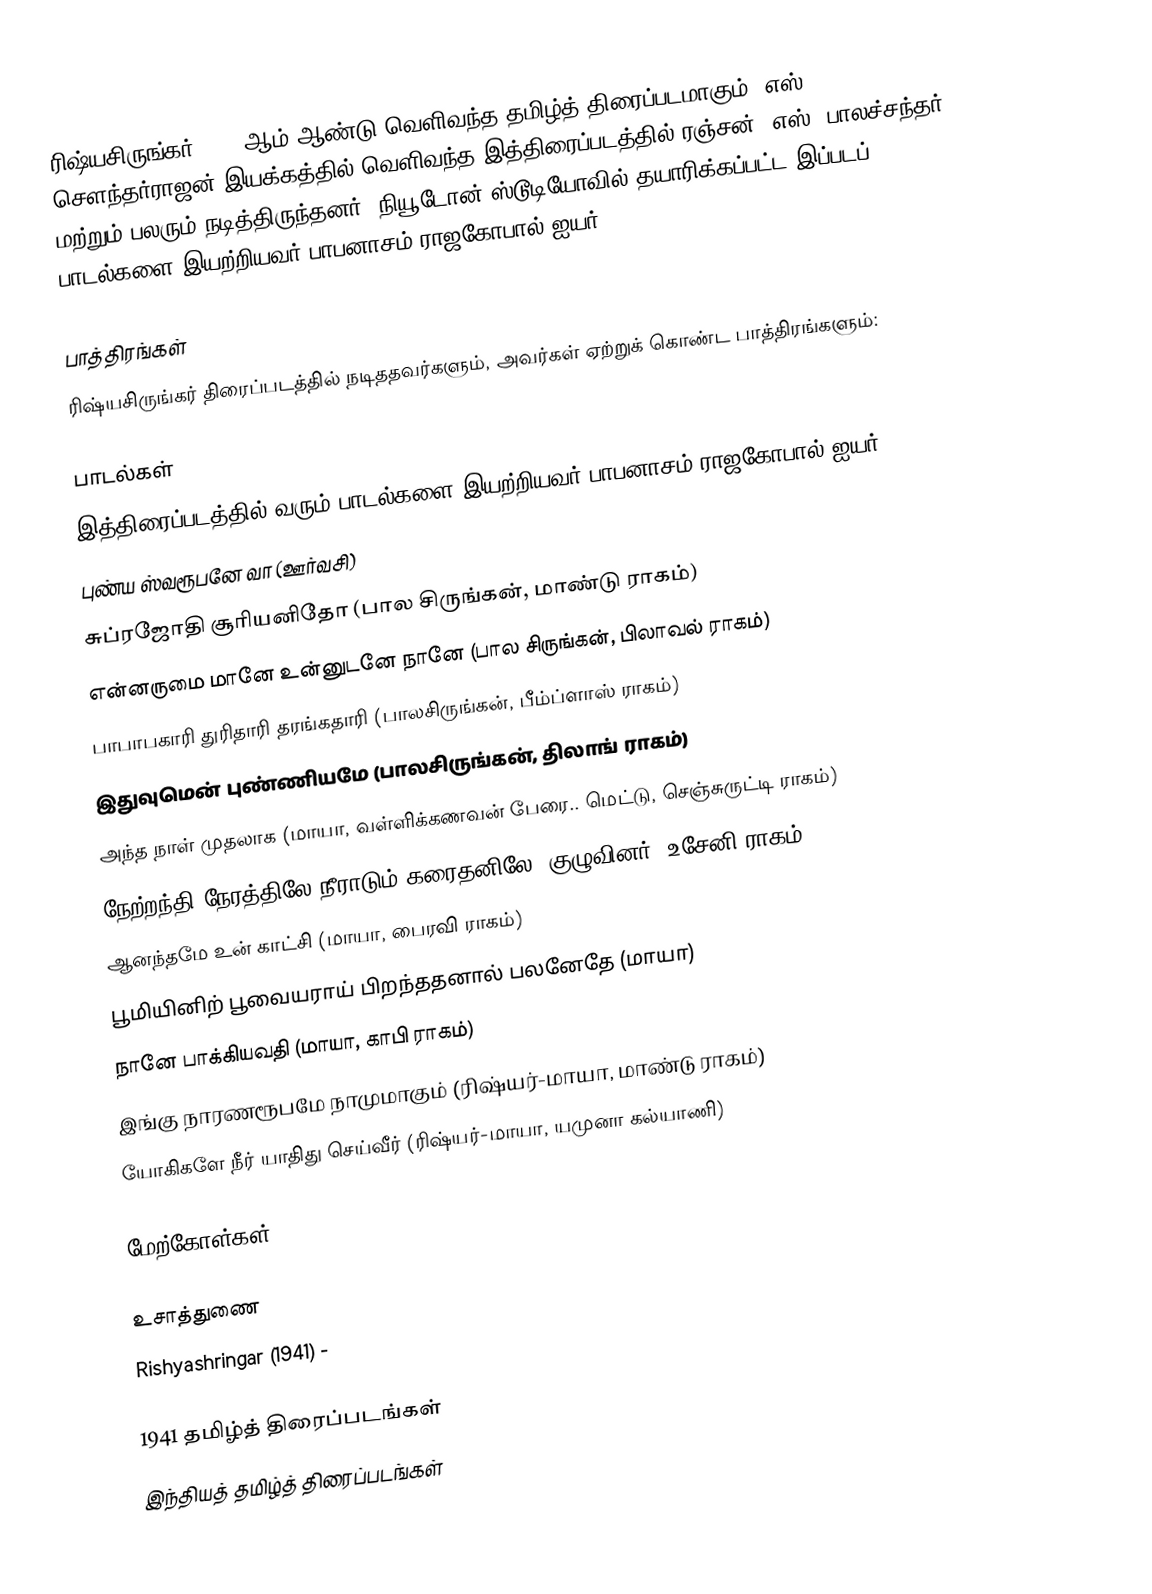
ரிஷ்யசிருங்கர் 1941 ஆம் ஆண்டு வெளிவந்த தமிழ்த் திரைப்படமாகும். எஸ். சௌந்தர்ராஜன் இயக்கத்தில் வெளிவந்த இத்திரைப்படத்தில் ரஞ்சன், எஸ். பாலச்சந்தர் மற்றும் பலரும் நடித்திருந்தனர். நியூடோன் ஸ்டூடியோவில் தயாரிக்கப்பட்ட இப்படப் பாடல்களை இயற்றியவர் பாபனாசம் ராஜகோபால் ஐயர்.

பாத்திரங்கள்
ரிஷ்யசிருங்கர் திரைப்படத்தில் நடிததவர்களும், அவர்கள் ஏற்றுக் கொண்ட பாத்திரங்களும்:

பாடல்கள்
இத்திரைப்படத்தில் வரும் பாடல்களை இயற்றியவர் பாபனாசம் ராஜகோபால் ஐயர்.
 புண்ய ஸ்வரூபனே வா (ஊர்வசி)
 சுப்ரஜோதி சூரியனிதோ (பால சிருங்கன், மாண்டு ராகம்)
 என்னருமை மானே உன்னுடனே நானே (பால சிருங்கன், பிலாவல் ராகம்)
 பாபாபகாரி துரிதாரி தரங்கதாரி (பாலசிருங்கன், பீம்ப்ளாஸ் ராகம்)
 இதுவுமென் புண்ணியமே (பாலசிருங்கன், திலாங் ராகம்)
 அந்த நாள் முதலாக (மாயா, வள்ளிக்கணவன் பேரை.. மெட்டு, செஞ்சுருட்டி ராகம்)
 நேற்றந்தி நேரத்திலே நீராடும் கரைதனிலே (குழுவினர், உசேனி ராகம்)
 ஆனந்தமே உன் காட்சி (மாயா, பைரவி ராகம்)
 பூமியினிற் பூவையராய் பிறந்ததனால் பலனேதே (மாயா)
 நானே பாக்கியவதி (மாயா, காபி ராகம்)
 இங்கு நாரணரூபமே நாமுமாகும் (ரிஷ்யர்-மாயா, மாண்டு ராகம்)
 யோகிகளே நீர் யாதிது செய்வீர் (ரிஷ்யர்-மாயா, யமுனா கல்யாணி)

மேற்கோள்கள்

உசாத்துணை
Rishyashringar (1941)  -

1941 தமிழ்த் திரைப்படங்கள்
இந்தியத் தமிழ்த் திரைப்படங்கள்